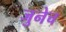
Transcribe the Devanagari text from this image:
जुनेच